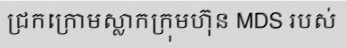
ជ្រកក្រោមស្លាកក្រុមហ៊ុន MDS របស់